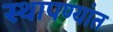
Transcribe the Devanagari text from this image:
स्थापण्यांत